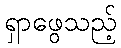
ရှာဖွေသည့်